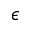
\epsilon